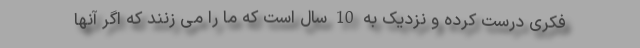
فکری درست کرده و نزدیک به 10 سال است که ما را می زنند که اگر آنها